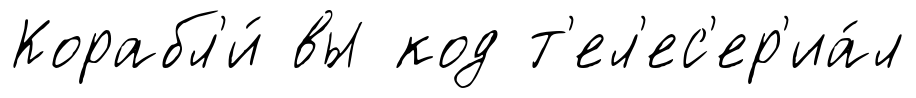
Корабл'и́ вы код т'ел'ес'ер'иа́л